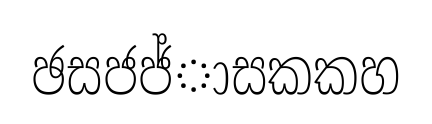
ඡසජජ්ාසකකහ